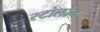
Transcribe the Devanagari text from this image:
स्टोलोन